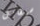
سيقابل